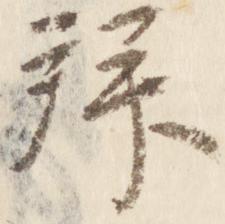
拝